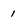
Character: 1